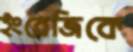
ইংরেজিকে